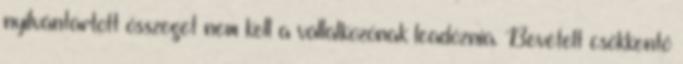
nyilvántartott összeget nem kell a vállalkozónak leadóznia. Bevételt csökkentő